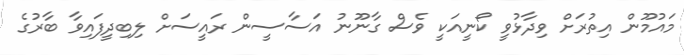
މައުމޫން އިތުރަށް ވިދާޅުވީ ކޯނީއަކީ ވެސް ގާނޫނު އަސާސީން ރައީސަށް ލިބިދީފައިވާ ބާރުގެ